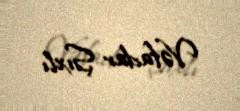
Vəfadar Şıxlı